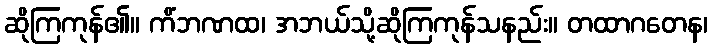
ဆိုကြကုန်၏။ ကိံဘဏထ၊ အဘယ်သို့ဆိုကြကုန်သနည်း။ တထာဂတေန၊